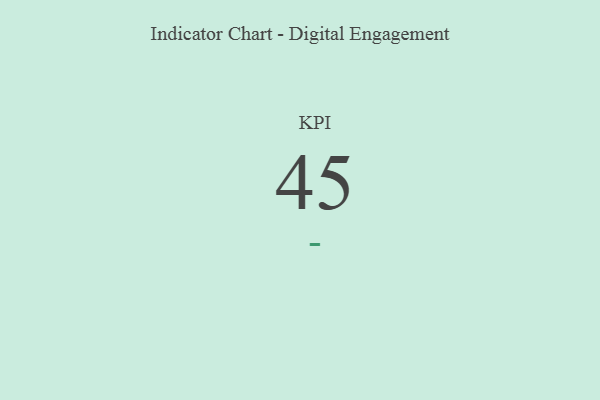
{"axis": {"x": "KPI", "y": "Value"}, "legend": [""], "data": [{"x": "KPI", "y": 45, "type": ""}]}